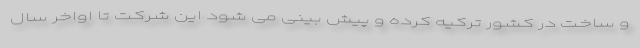
و ساخت در کشور ترکیه کرده و پیش بینی می شود این شرکت تا اواخر سال